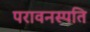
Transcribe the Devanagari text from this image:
परावनस्पति